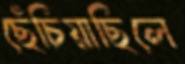
ছেঁচিয়াছিলে